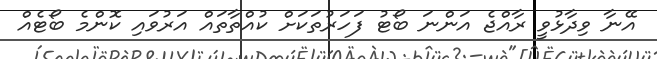
އޭނާ ވިދާޅުވީ ރާއްޖެ އަންނަ ބޯޓު ފަހަރުތަކަށް ކުއްތާތައް އަރުވައި ކޮންމެ ބޯޓެއް